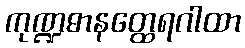
ကုဏ္ဍဓာနတ္ထေရဂါထာ